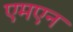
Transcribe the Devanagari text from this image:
एमएन